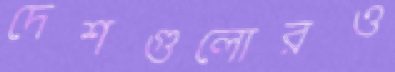
দেশগুলোরও